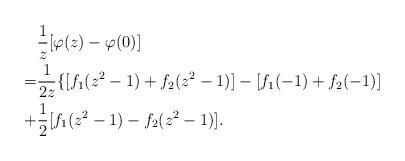
LaTeX: \begin{align*}&\frac{1}{z}[\varphi(z)-\varphi(0)] \\=&\frac{1}{2z} \{ [f_1(z^2-1)+f_2(z^2-1)] -[f_1(-1)+f_2(-1)]\\+&\frac{1}{2}[f_1(z^2-1)-f_2(z^2-1)].\end{align*}